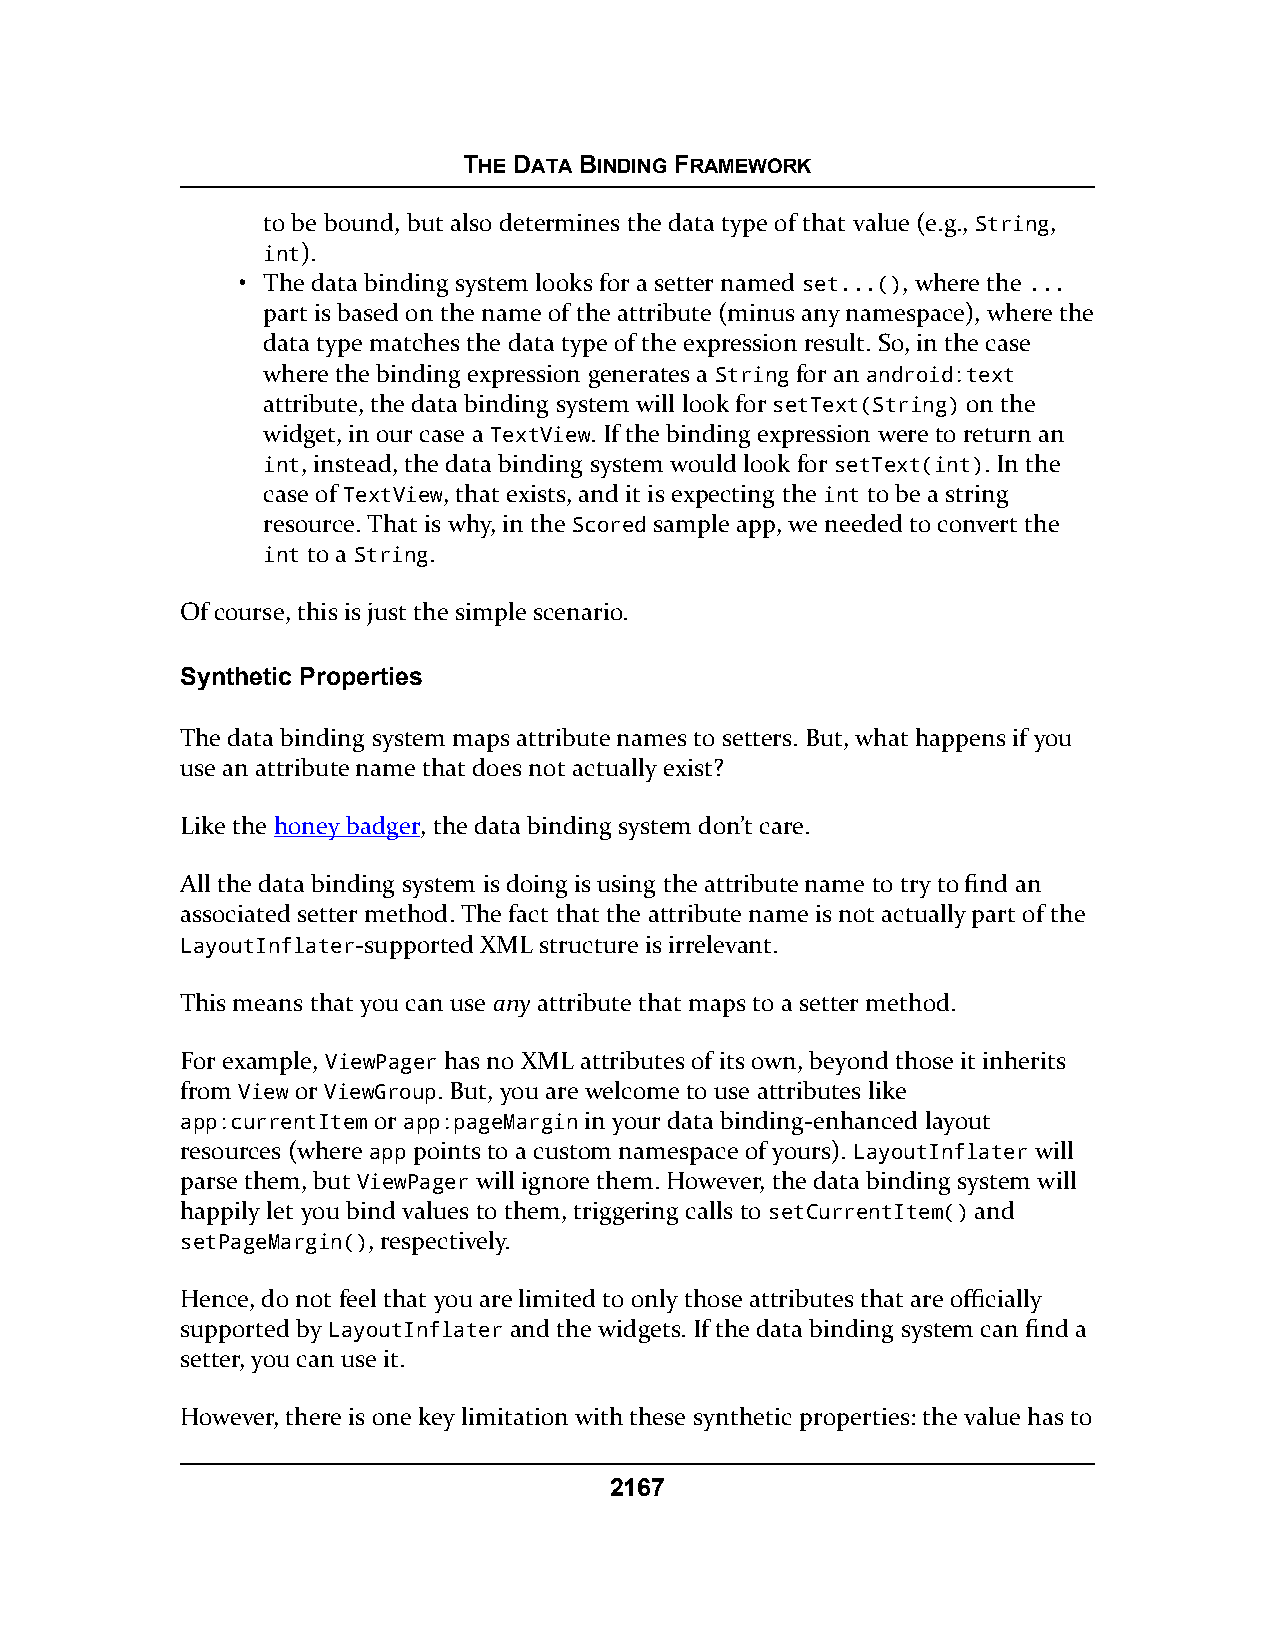
THE DATA BINDING FRAMEWORK
 to be bound, but also determines the data type of that value (e.g., String,
 int).
 • The data binding system looks for a setter named set...(), where the ...
 part is based on the name of the attribute (minus any namespace), where the
 data type matches the data type of the expression result. So, in the case
 where the binding expression generates a String for an android:text
 attribute, the data binding system will look for setText(String) on the
 widget, in our case a TextView. If the binding expression were to return an
 int, instead, the data binding system would look for setText(int). In the
 case of TextView, that exists, and it is expecting the int to be a string
 resource. That is why, in the Scored sample app, we needed to convert the
 int to a String.
 Of course, this is just the simple scenario.
 Synthetic Properties
 The data binding system maps attribute names to setters. But, what happens if you
 use an attribute name that does not actually exist?
 Like the honey badger, the data binding system don’t care.
 All the data binding system is doing is using the attribute name to try to find an
 associated setter method. The fact that the attribute name is not actually part of the
 LayoutInflater-supported XML structure is irrelevant.
 This means that you can use any attribute that maps to a setter method.
 For example, ViewPager has no XML attributes of its own, beyond those it inherits
 from View or ViewGroup. But, you are welcome to use attributes like
 app:currentItem or app:pageMargin in your data binding-enhanced layout
 resources (where app points to a custom namespace of yours). LayoutInflater will
 parse them, but ViewPager will ignore them. However, the data binding system will
 happily let you bind values to them, triggering calls to setCurrentItem() and
 setPageMargin(), respectively.
 Hence, do not feel that you are limited to only those attributes that are officially
 supported by LayoutInflater and the widgets. If the data binding system can find a
 setter, you can use it.
 However, there is one key limitation with these synthetic properties: the value has to
 2167